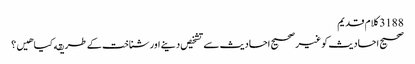
3188 کلام قدیم
صحیح احادیث کو غیر صحیح احادیث سے تشخیص دینے اور شناخت کے طریقه کیا هیں؟